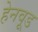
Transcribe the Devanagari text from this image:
हेनवूड